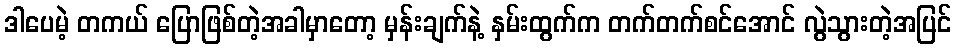
ဒါပေမဲ့ တကယ် ပြောဖြစ်တဲ့အခါမှာတော့ မှန်းချက်နဲ့ နှမ်းထွက်က တက်တက်စင်အောင် လွဲသွားတဲ့အပြင်